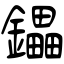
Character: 鑘